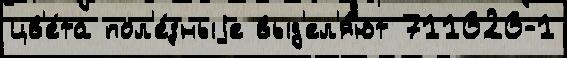
цв'е́та пол'е́зныjе выд'ел'я́ют 711626-1